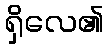
ရှိလေ၏